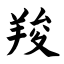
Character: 羧